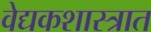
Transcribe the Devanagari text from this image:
वेद्यकशास्त्रात